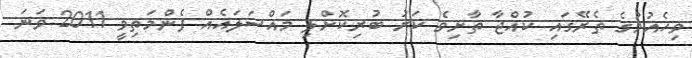
ވިހެއުމުގެ ތެރޭގައި ކުއްޖާ ތާށިވެ ކަރު ބުރިކޮށްލި މައްސަލައެއް ފެންމަތިވީ 2011 ވަނަ